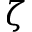
\zeta